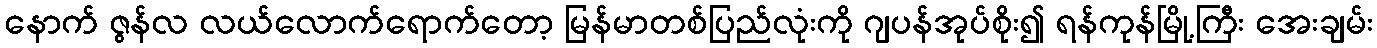
နောက် ဇွန်လ လယ်လောက်ရောက်တော့ မြန်မာတစ်ပြည်လုံးကို ဂျပန်အုပ်စိုး၍ ရန်ကုန်မြို့ကြီး အေးချမ်း